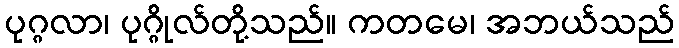
ပုဂ္ဂလာ၊ ပုဂ္ဂိုလ်တို့သည်။ ကတမေ၊ အဘယ်သည်